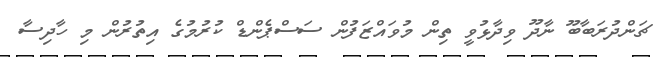
ޗަންދުރަބާބޫ ނާދޫ ވިދާޅުވީ ތިން މުވައްޒަފުން ސަސްޕެންޑް ކުރުމުގެ އިތުރުން މި ހާދިސާ